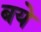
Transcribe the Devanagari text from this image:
बये